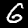
Label: 6